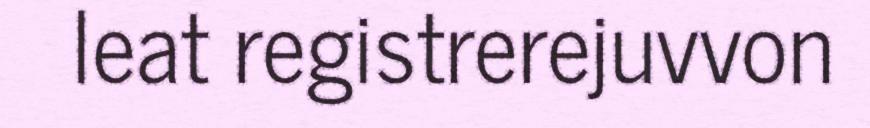
leat registrerejuvvon